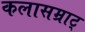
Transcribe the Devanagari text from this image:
कलासम्राट्